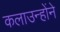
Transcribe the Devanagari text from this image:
कलाउन्होंने